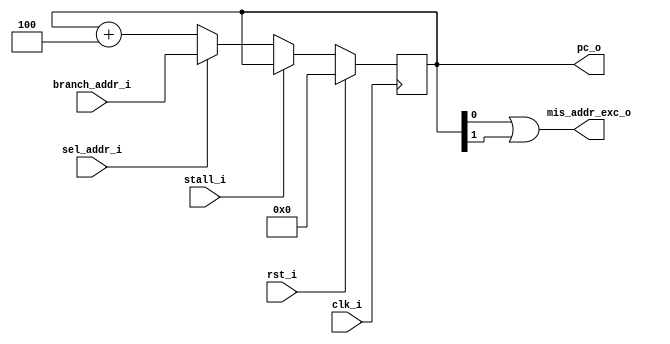
/*
* Instruction Fetch Stage
* Anderson Contreras
*/

module stage_if(clk_i, rst_i, branch_addr_i, sel_addr_i, stall_i, mis_addr_exc_o, pc_o);
  input clk_i;
  input rst_i;

  input [31:0] branch_addr_i;
  input sel_addr_i;
  input stall_i;
  output mis_addr_exc_o;
  output reg [31:0] pc_o;

  assign mis_addr_exc_o = pc_o[0] | pc_o[1];

  // PC's
  always @(posedge clk_i) begin
    if (rst_i)
      pc_o = 0;
    else if (!stall_i)
      pc_o = (sel_addr_i) ? branch_addr_i : pc_o + 4;
  end
endmodule